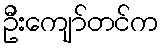
ဦးကျော်တင်က